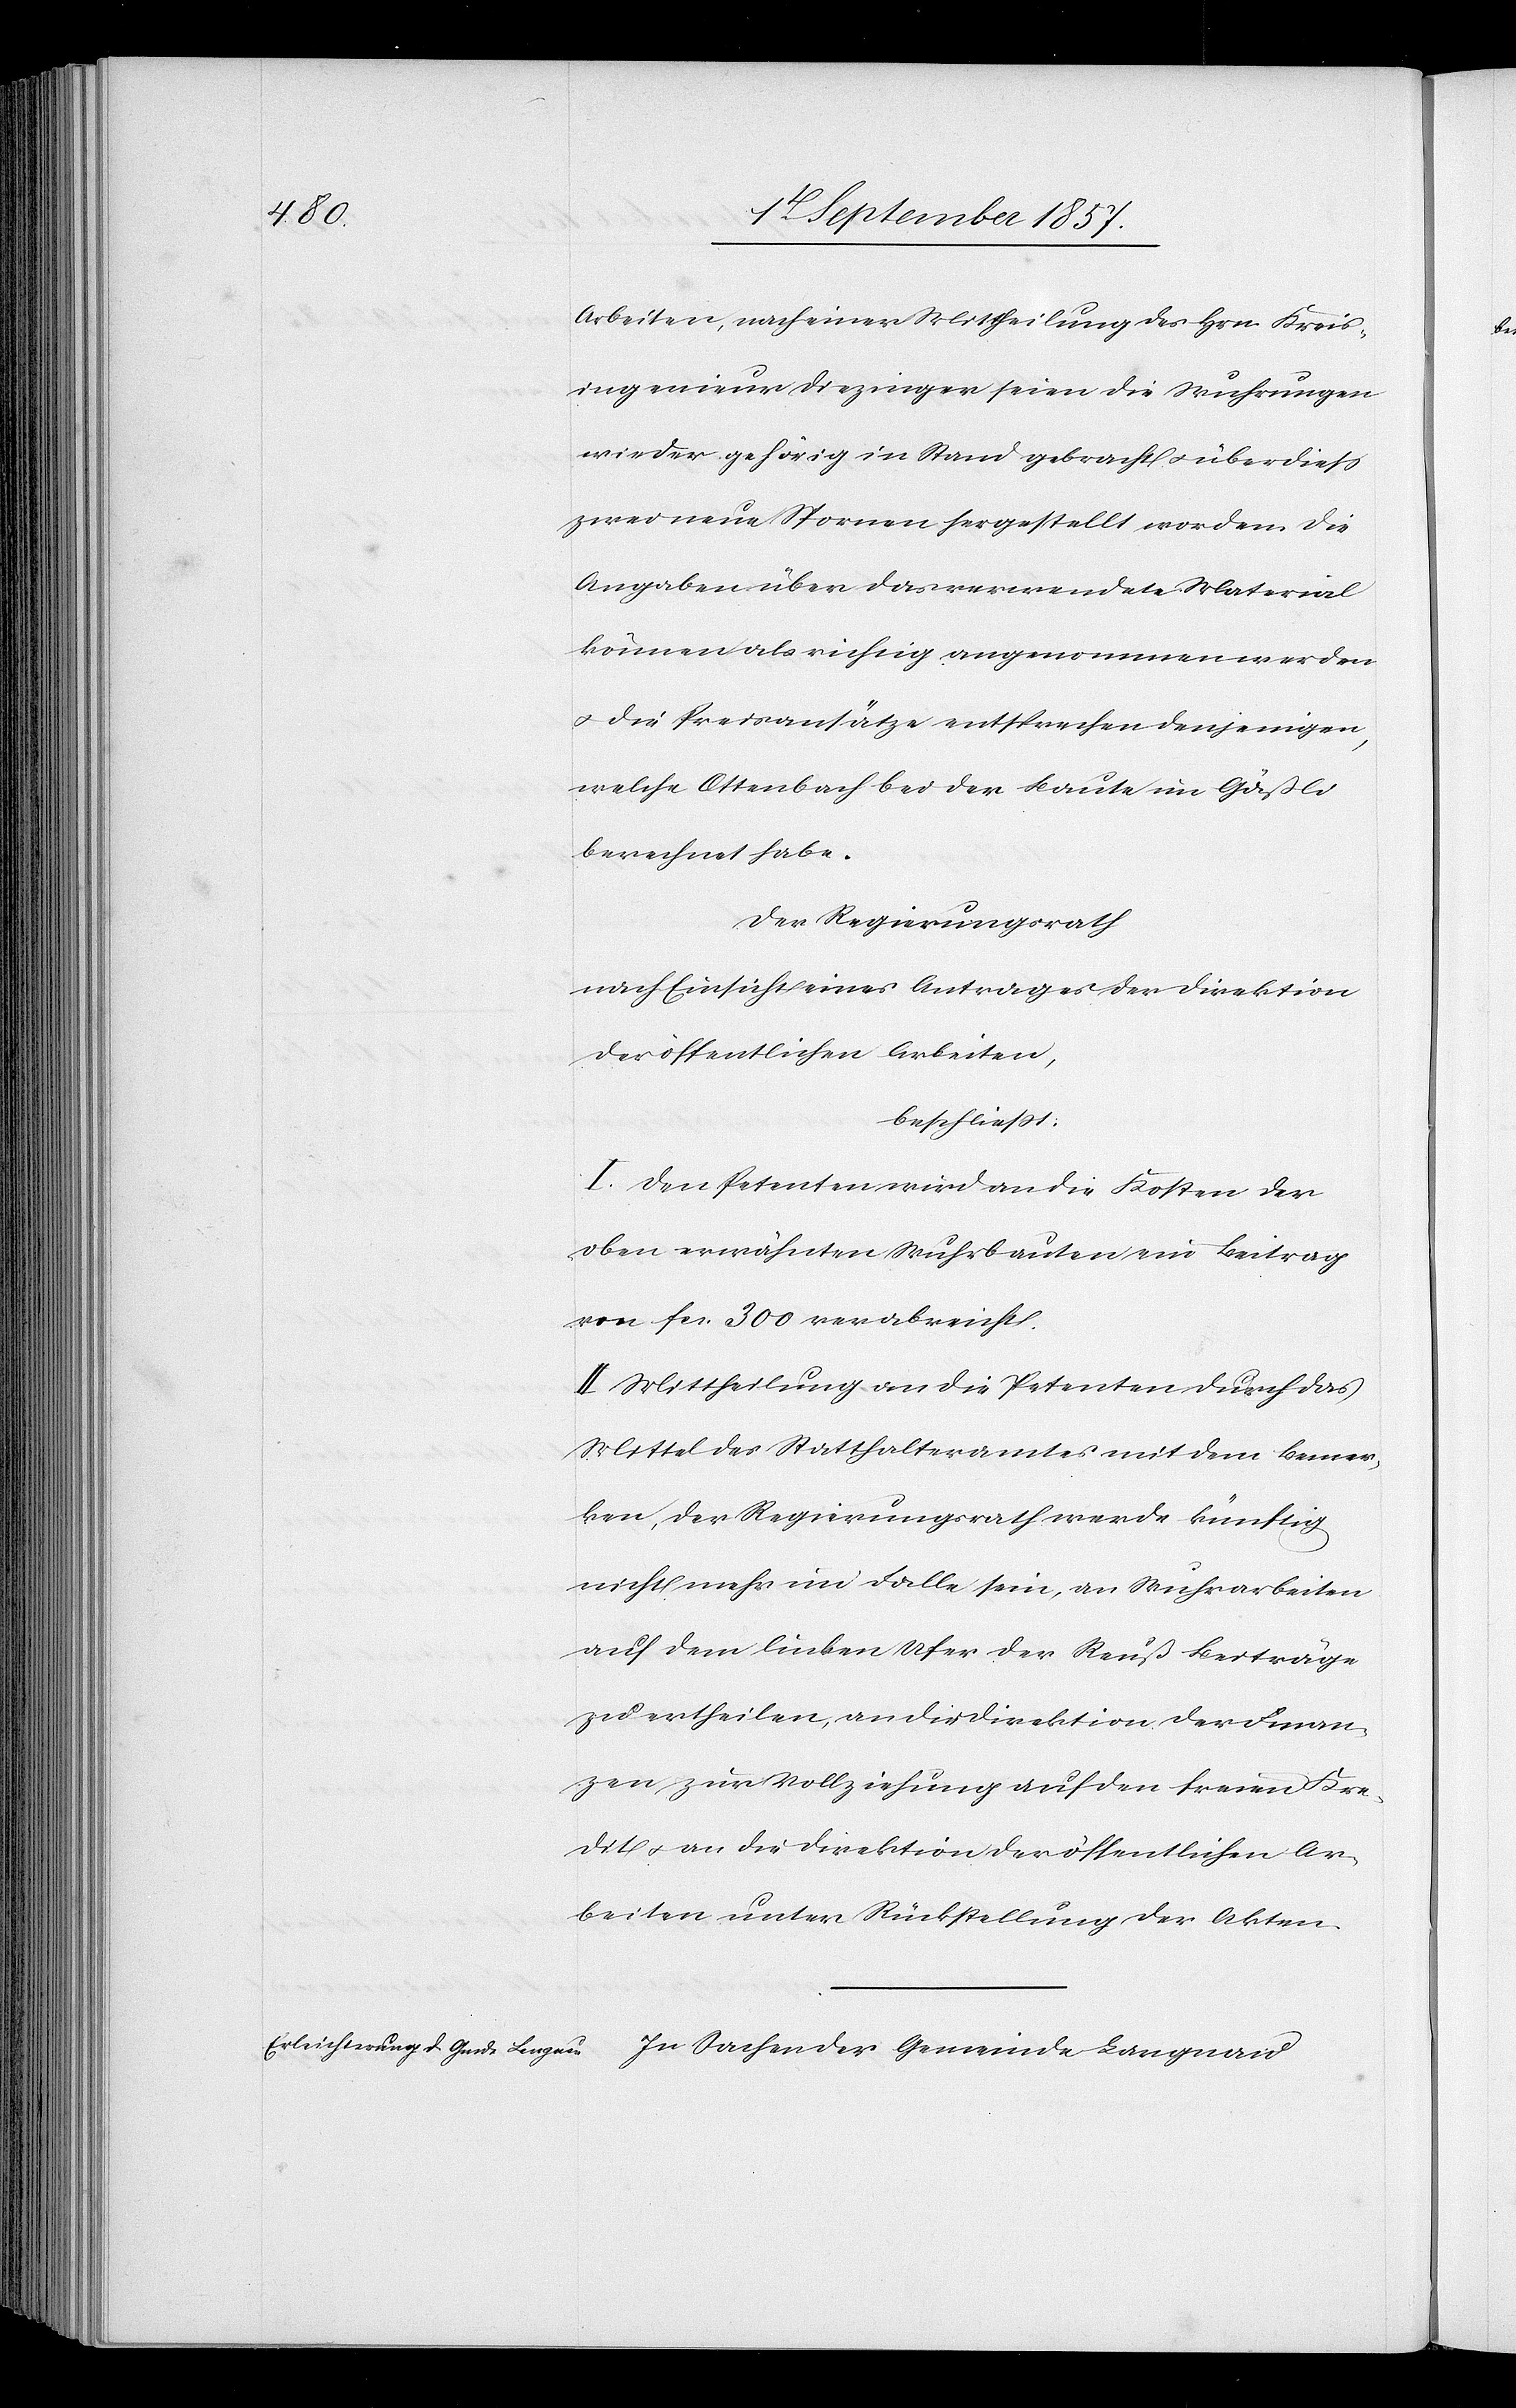
Arbeiten, nach einer Mittheilung des Hrn. Kreis¬
ingenieur Diezinger seien die Wuhrungen
wieder gehörig in Stand gebracht & überdieß
zwei neue Spornen [sic!] hergestellt worden die
Angaben über das verwendete Material
können als richtig angenommen werden
& die Preisansätze entsprechen denjenigen,
welche Ottenbach bei der Baute im Gäßli
berechnet habe.
Der Regierungsrath,
nach Einsicht eines Antrages der Direktion
der öffentlichen Arbeiten,
beschließt:
I. Den Petenten wird an die Kosten der
oben erwähnten Wuhrbauten ein Beitrag
von fcs 300 verabreicht.
II. Mittheilung an die Petenten durch das
Mittel des Statthalteramtes mit dem Bemer¬
ken, der Regierungsrath werde künftig
nicht mehr im Falle sein, an Wuhrarbeiten
auf dem linken Ufer der Reuß Beiträge
zu ertheilen, an die Direktion der Finan¬
zen zur Vollziehung auf den freien Kre¬
dit & an die Direktion der öffentlichen Ar¬
beiten unter Rückstellung der Akten.
In Sachen der Gemeinde Langnau